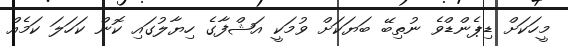
މީހަކަށް ޑިޕެންޑްވެ ނުތިބޭ ބަޔަކަށް ވުމަކީ އަޝްފާގެ ހިޔާލުގައި ކޮން ކަހަލަ ކަމެއް